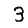
Digit: 3